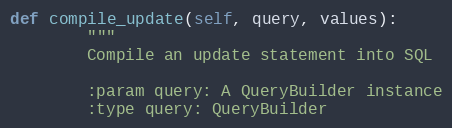
Language: Python
def compile_update(self, query, values):
        """
        Compile an update statement into SQL

        :param query: A QueryBuilder instance
        :type query: QueryBuilder